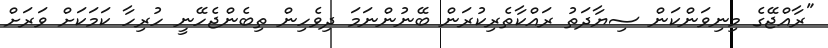
"ރާއްޖޭގެ މިނިވަންކަން ސިޔާދަތު ރައްކާތެރިކުރަން ބޭނުންނަމަ ދިވެހިން ތިބެންޖެހޭނީ ހުރިހާ ކަމަކަށް ވަރަށް